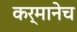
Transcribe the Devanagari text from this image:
कर्मानेच